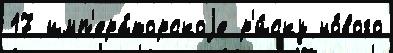
17 имп'ера́торскоjе р'и́ску но́вого